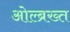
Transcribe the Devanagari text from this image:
ओल्ब्रख्त